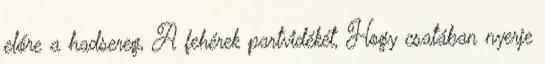
előre a hadsereg, A fehérek partvidékét, Hogy csatában nyerje